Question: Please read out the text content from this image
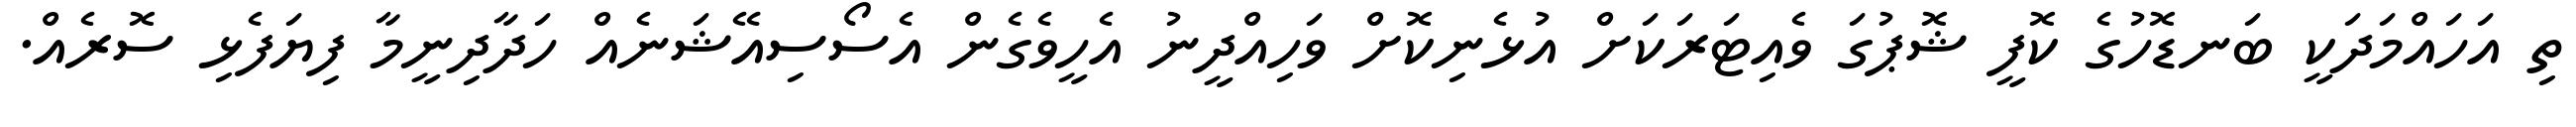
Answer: ތި އަހައްމަދަކީ ބަނޑޮހުގެ ކޮފީ ޝޮޕުގަ ވެއިޓަރަކަށް އުޅެނިކޮށް ވަހިއްދީނު އެހީވެގެން އެސޯސިއޭޝަނެއް ހަދާދިނީމާ ފިޔަފެޅި ސޮރެއް.